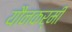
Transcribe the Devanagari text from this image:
यौनकर्मी